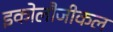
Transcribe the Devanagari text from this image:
इकोलौजीकल